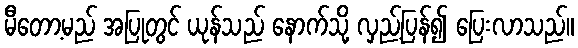
မီတော့မည် အပြုတွင် ယုန်သည် နောက်သို့ လှည့်ပြန်၍ ပြေးလာသည်။